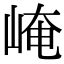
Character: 崦